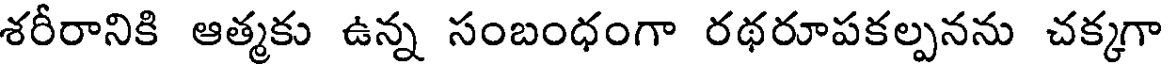
శరీరానికి ఆత్మకు ఉన్న సంబంధంగా రథరూపకల్పనను చక్కగా